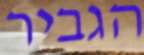
הגביר